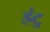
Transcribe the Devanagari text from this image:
इंटु